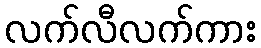
လက်လီလက်ကား